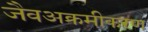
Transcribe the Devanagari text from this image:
जैवअक्रमीकरण